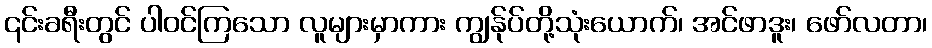
၎င်းခရီးတွင် ပါဝင်ကြသော လူများမှာကား ကျွန်ုပ်တို့သုံးယောက်၊ အင်ဖာဒူး၊ ဖော်လတာ၊